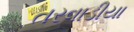
તરવાડીયા